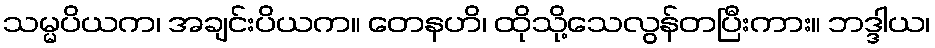
သမ္မပိယက၊ အချင်းပိယက။ တေနဟိ၊ ထိုသို့သေလွန်တပြီးကား။ ဘဒ္ဒါယ၊